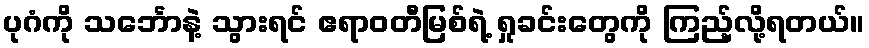
ပုဂံကို သင်္ဘောနဲ့ သွားရင် ဧရာဝတီမြစ်ရဲ့ ရှုခင်းတွေကို ကြည့်လို့ရတယ်။